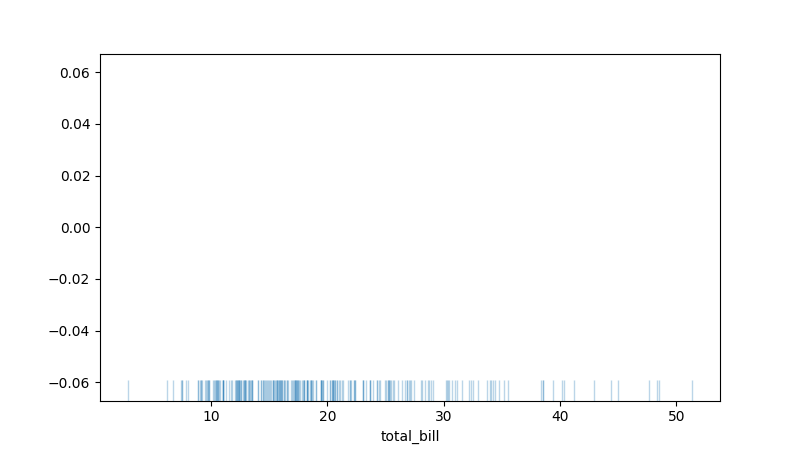
python, seaborn, rugplot, height=0.06, axis='x', alpha=0.3